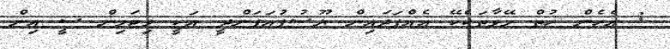
: އެހެން ހުތް މޭވާތަކެކޭ އެއްފަދައިން ޔޫސުފުއަފަންދީ އަކީ ވިޓަމިން ސީ އިން